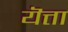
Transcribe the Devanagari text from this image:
यॆत्ता